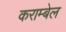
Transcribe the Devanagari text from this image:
कराम्बेल